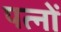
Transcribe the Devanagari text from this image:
पत्नों